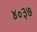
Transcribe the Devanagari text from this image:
४०३७